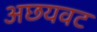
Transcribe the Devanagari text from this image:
अछयवट